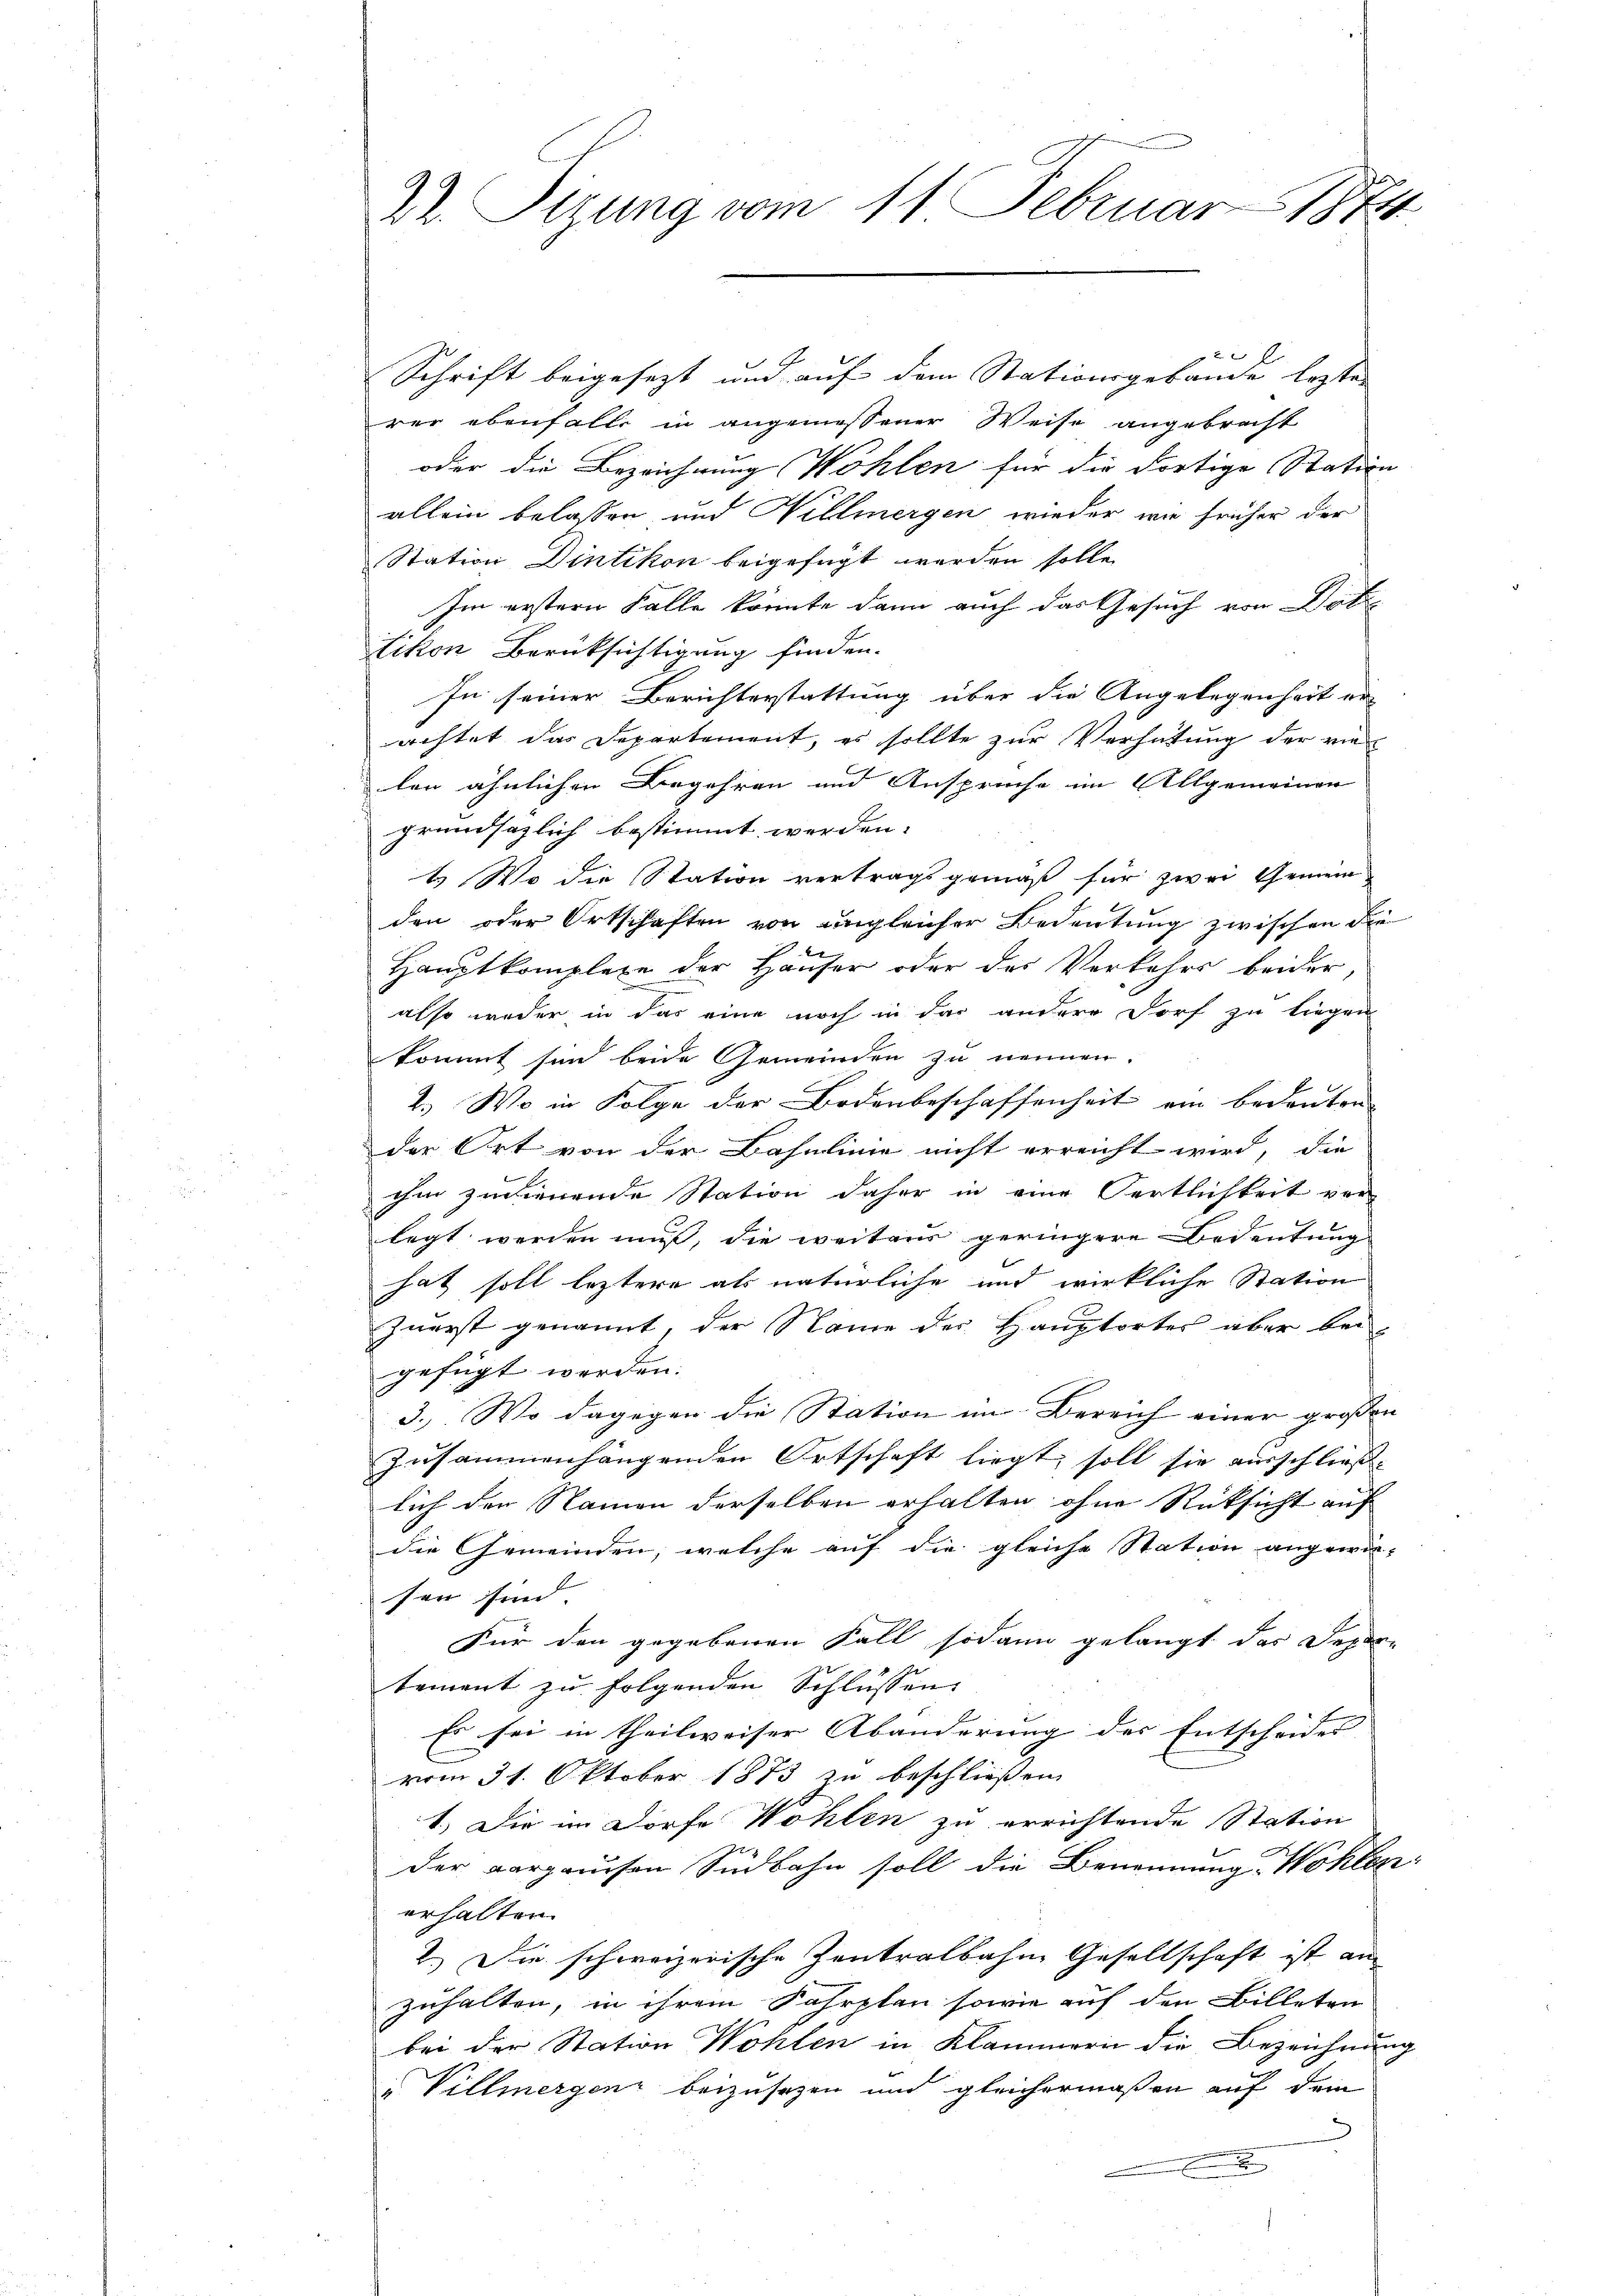
22. Sizung vom 11. Februar 1874

26
Schrift beigesezt und auf dem Stationsgebäude lezten
rer ebenfalls in angemessener Weise angebracht
oder die Bezeichnung Wohlen für die dortige Station
allein belassen und Willmergen wieder wie früher der
Station Dintikon beigefügt werden solle.
Im erstern Falle könnte dann auch das Gesuch von Datitikon Berüksichtigung finden.
In seiner Berichterstattung über die Angelegenheit er-
achtet das Departement, es sollte zur Verhütung der vie
len ähnlichen Begehren und Anspruche im Allgemeinen |
grundsazlich bestimmt werden.
1) Wo die Station vertragsgemäß für zwei Gemeinden oder Ortschaften von ungleicher Bedeutung zwischen die
e
Hauptkomplexe der Häuser oder des Verkehrs beider,
also weder in das eine noch in das andere Dorf zu liegen
kommt sind beide Gemeinden zu nennen.
2.) Wo in Folge der Bodenbeschaffenheit ein bedeuten
der Ort von der Bahnlinie nicht erreicht wird, die
ihm zureuende Station daher in eine Fertlichkeit ver-
legt werden muß, die weitens geringere Bedeutung
hat soll leztere als natürliche und wirkliche Station
zuerst genannt, der Name der Hauptortes aber bei-
gefügt werden.
3. Wo dagegen die Station im Bereich einer großen
zusammenhängenden Ortschaft liegt, soll sie ausschließ.
lich den Namen derselben erhalten ohne Rücksicht auf
die Gemeinden, welche auf die gleiche Station angewie-
sen sind |
Für den gegebenen Fall sodann gelangt das Departement zu folgenden Schlüssen
Es sei in theilweiser Abänderung des Entscheides
vom 31. Oktober 1873 zu beschließen.
1.) Die im Dorfe Wöhlen zu errichtende Station
der aargauisen Südbahn soll die Benennung, Wohlen-
erhalten.
2.) Die schweizerische Zentralbahne Gesellschaft ist an
zuhalten, in ihrem Fahrplan sowie auf den Billeten
bei der Station Wohlen in Klammern die Bezeichnung
e Villmergenz beizusetzen und gleichermaßen auf dem